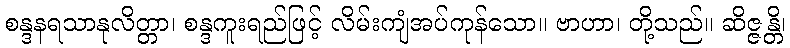
စန္ဒနရသာနုလိတ္တာ၊ စန္ဒကူးရည်ဖြင့် လိမ်းကျံအပ်ကုန်သော။ ဗာဟာ၊ တို့သည်။ ဆိဇ္ဇန္တိ၊